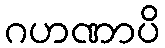
ဂဟဏာပိ